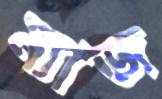
ম্যাজ